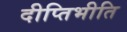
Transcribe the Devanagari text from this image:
दीप्तिभीति